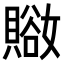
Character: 𧷚